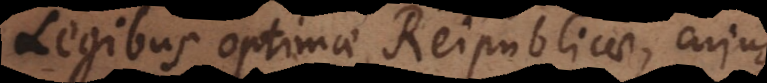
Legibus optimae Reipublicae, cujus